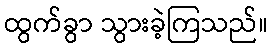
ထွက်ခွာ သွားခဲ့ကြသည်။